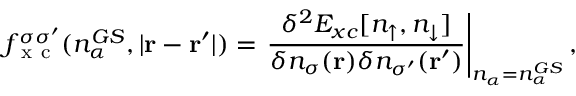
f _ { \mathrm { ~ x ~ c ~ } } ^ { \sigma \sigma ^ { \prime } } ( n _ { \alpha } ^ { G S } , | \mathbf { r } - \mathbf { r } ^ { \prime } | ) = \left. \frac { \delta ^ { 2 } E _ { x c } [ n _ { \uparrow } , n _ { \downarrow } ] } { \delta n _ { \sigma } ( \mathbf { r } ) \delta n _ { \sigma ^ { \prime } } ( \mathbf { r } ^ { \prime } ) } \right| _ { n _ { \alpha } = n _ { \alpha } ^ { G S } } ,